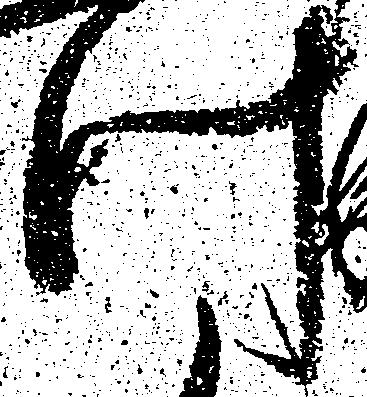
け